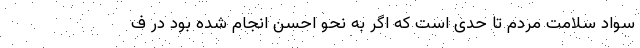
سواد سلامت مردم تا حدی است که اگر به نحو احسن انجام‌ شده بود در ف